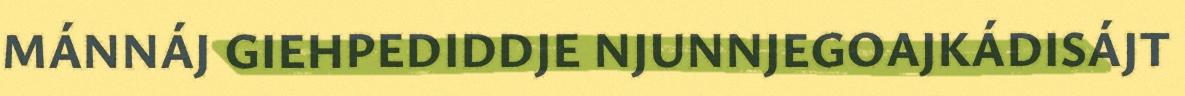
MÁNNÁJ GIEHPEDIDDJE NJUNNJEGOAJKÁDISÁJT